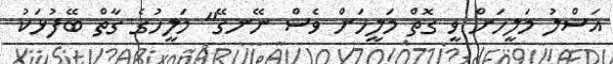
އަސްލު މަލީހަށް ވީ ގޮތް މަލީހަށް ވެސް ނޭނގޭ" މަލީހުގެ ގާތް ބޭފުޅަކު